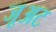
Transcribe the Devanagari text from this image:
जूअट